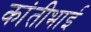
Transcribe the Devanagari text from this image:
कांतीभाई